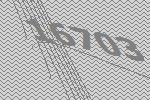
16703